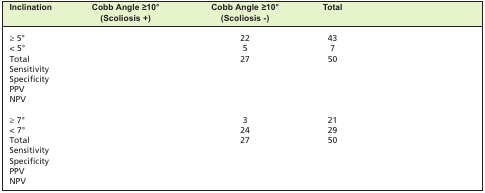
<table><thead><tr><td><b>Inclination</b></td><td><b>Cobb Angle ≥10°(Scoliosis +)</b></td><td><b>Cobb Angle ≥10°(Scoliosis -)</b></td><td><b>Total</b></td><td>[EMPTY_CELL]</td></tr></thead><tbody><tr><td>≥ 5°</td><td>[EMPTY_CELL]</td><td>22</td><td>43</td><td>[EMPTY_CELL]</td></tr><tr><td>&lt; 5°</td><td>[EMPTY_CELL]</td><td>5</td><td>7</td><td>[EMPTY_CELL]</td></tr><tr><td>Total</td><td>[EMPTY_CELL]</td><td>27</td><td>50</td><td>[EMPTY_CELL]</td></tr><tr><td>Sensitivity</td><td>[EMPTY_CELL]</td><td>[EMPTY_CELL]</td><td>[EMPTY_CELL]</td><td>[EMPTY_CELL]</td></tr><tr><td>Specificity</td><td>[EMPTY_CELL]</td><td>[EMPTY_CELL]</td><td>[EMPTY_CELL]</td><td>[EMPTY_CELL]</td></tr><tr><td>PPV</td><td>[EMPTY_CELL]</td><td>[EMPTY_CELL]</td><td>[EMPTY_CELL]</td><td>[EMPTY_CELL]</td></tr><tr><td>NPV</td><td>[EMPTY_CELL]</td><td>[EMPTY_CELL]</td><td>[EMPTY_CELL]</td><td>[EMPTY_CELL]</td></tr><tr><td>≥ 7°</td><td>[EMPTY_CELL]</td><td>3</td><td>21</td><td>[EMPTY_CELL]</td></tr><tr><td>&lt; 7°</td><td>[EMPTY_CELL]</td><td>24</td><td>29</td><td>[EMPTY_CELL]</td></tr><tr><td>Total</td><td>[EMPTY_CELL]</td><td>27</td><td>50</td><td>[EMPTY_CELL]</td></tr><tr><td>Sensitivity</td><td>[EMPTY_CELL]</td><td>[EMPTY_CELL]</td><td>[EMPTY_CELL]</td><td>[EMPTY_CELL]</td></tr><tr><td>Specificity</td><td>[EMPTY_CELL]</td><td>[EMPTY_CELL]</td><td>[EMPTY_CELL]</td><td>[EMPTY_CELL]</td></tr><tr><td>PPV</td><td>[EMPTY_CELL]</td><td>[EMPTY_CELL]</td><td>[EMPTY_CELL]</td><td>[EMPTY_CELL]</td></tr><tr><td>NPV</td><td>[EMPTY_CELL]</td><td>[EMPTY_CELL]</td><td>[EMPTY_CELL]</td><td>[EMPTY_CELL]</td></tr></tbody></table>